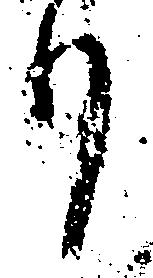
り